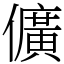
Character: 儣